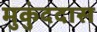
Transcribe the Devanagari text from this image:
मुकुंददास